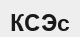
КСЭс